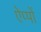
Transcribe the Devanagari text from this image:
ऐप्पों